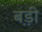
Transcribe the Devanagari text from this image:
ब़ड़ी